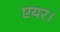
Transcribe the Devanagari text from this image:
एयर।